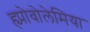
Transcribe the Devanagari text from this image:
ह्य्पोवोलेमिया